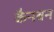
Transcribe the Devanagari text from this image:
कैनबन